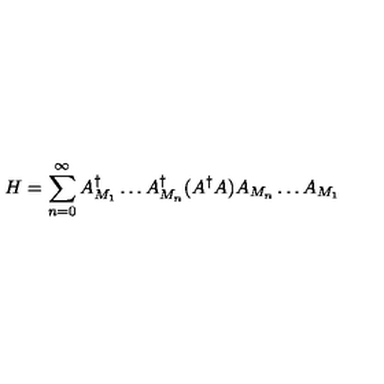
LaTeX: H = \sum _ { n = 0 } ^ { \infty } A _ { M _ { 1 } } ^ { \dagger } \ldots A _ { M _ { n } } ^ { \dagger } ( A ^ { \dagger } A ) A _ { M _ { n } } \ldots A _ { M _ { 1 } }